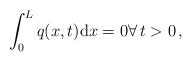
LaTeX: \begin{align*} \int_{0}^{L} q(x,t) {\rm d}x = 0 \forall \, t >0\,,\end{align*}